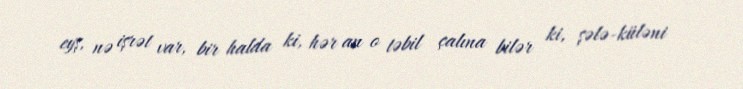
eyş, nə işrət var, bir halda ki, hər an o təbil çalına bilər ki, şələ-küləni